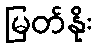
မြတ်နိုး